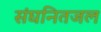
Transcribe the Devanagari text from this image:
संघनितजल